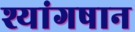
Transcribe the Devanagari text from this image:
श्यांगषान